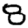
Digit: 8